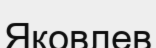
Яковлев